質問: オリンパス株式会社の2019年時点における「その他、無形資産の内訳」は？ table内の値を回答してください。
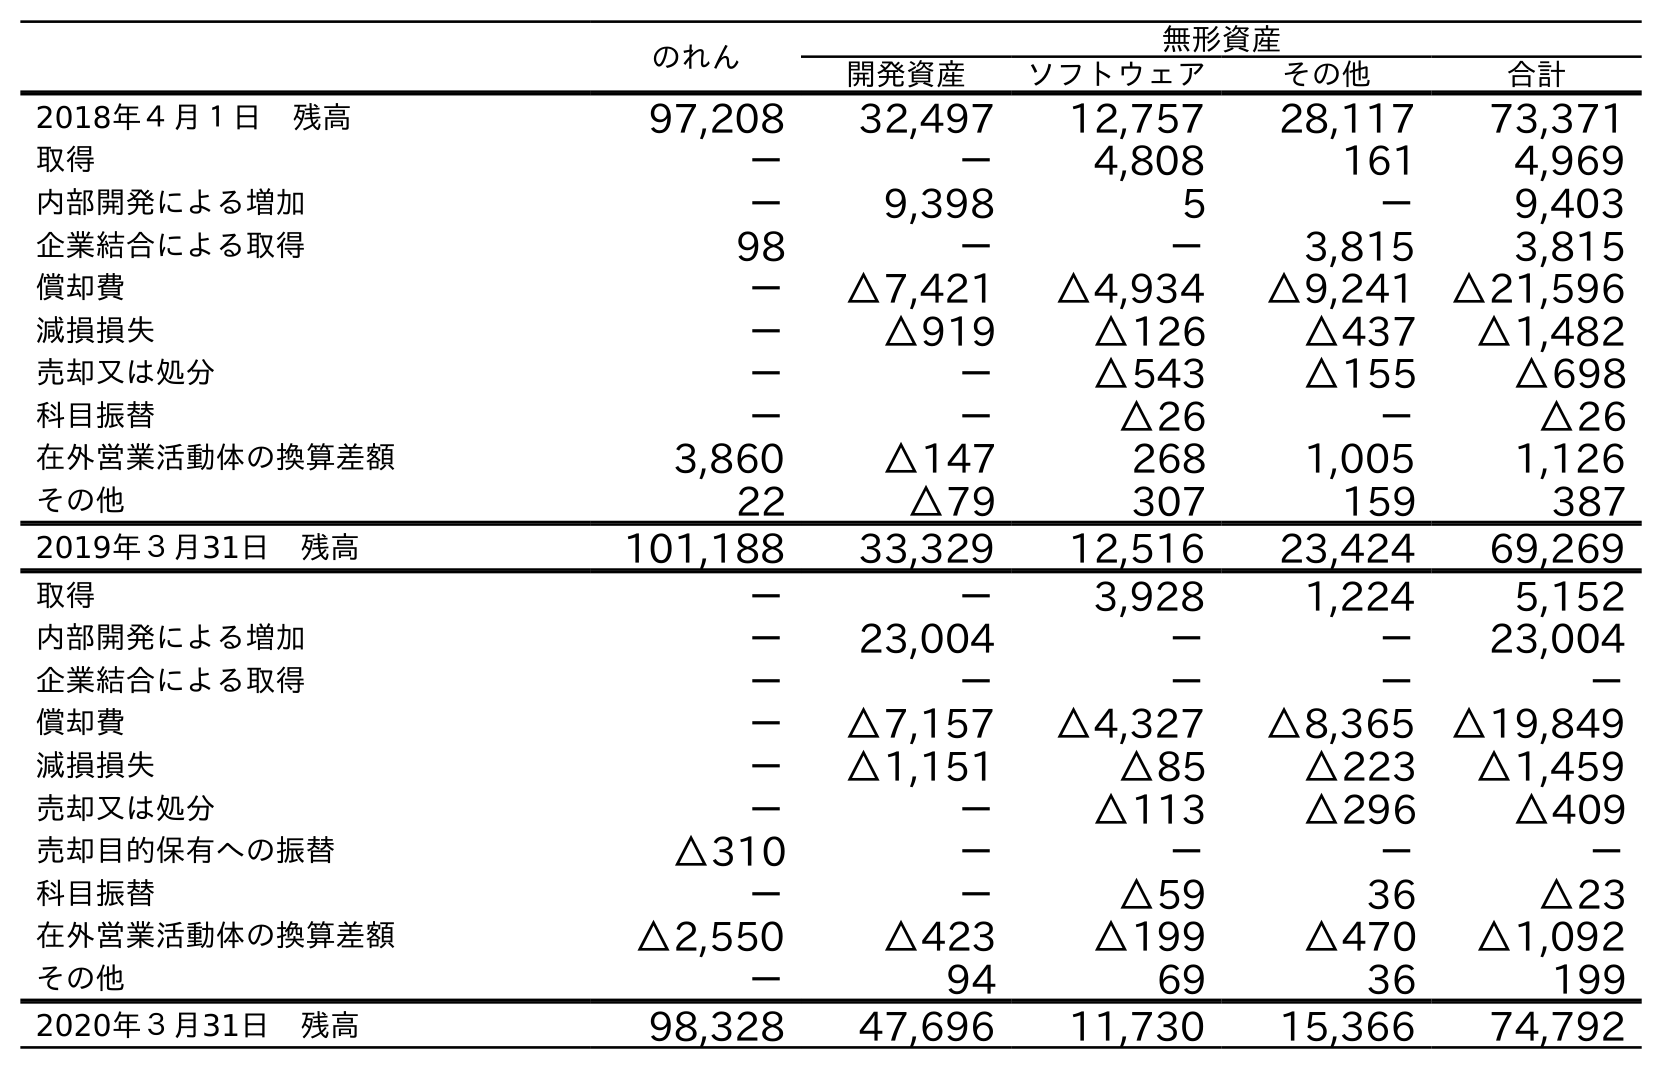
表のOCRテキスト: のれん 無形資産 開発資産 ソフトウェア その他 合計 2018年４月１日 残高 97,208 32,497 12,757 28,117 73,371 取得 － － 4,808 161 4,969 内部開発による増加 － 9,398 5 － 9,403 企業結合による取得 98 － － 3,815 3,815 償却費 － △7,421 △4,934 △9,241 △21,596 減損損失 － △919 △126 △437 △1,482 売却又は処分 － － △543 △155 △698 科目振替 － － △26 － △26 在外営業活動体の換算差額 3,860 △147 268 1,005 1,126 その他 22 △79 307 159 387 2019年３月31日 残高 101,188 33,329 12,516 23,424 69,269 取得 － － 3,928 1,224 5,152 内部開発による増加 － 23,004 － － 23,004 企業結合による取得 － － － － － 償却費 － △7,157 △4,327 △8,365 △19,849 減損損失 － △1,151 △85 △223 △1,459 売却又は処分 － － △113 △296 △409 売却目的保有への振替 △310 － － － － 科目振替 － － △59 36 △23 在外営業活動体の換算差額 △2,550 △423 △199 △470 △1,092 その他 － 94 69 36 199 2020年３月31日 残高 98,328 47,696 11,730 15,366 74,792
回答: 23,424